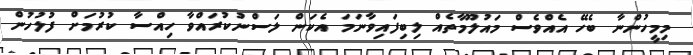
މިމީހުންނާ ބެހޭ އެއްވެސް މައުލޫމާތެއް ލިބިފައިވާނަމަ އެކަން ލަސްނުކުރައްވާ ހިއްސާ ކުރުމަށް ފުލުހުން